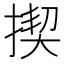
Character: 揳